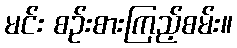
မင်း စဉ်းစားကြည့်စမ်း။